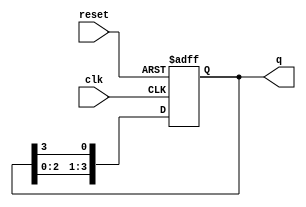
module ring_counter (
    input wire clk,        // Clock signal
    input wire reset,      // Asynchronous reset signal
    output reg [3:0] q     // 4-bit output of the ring counter
);

    // Initial state
    initial begin
        q = 4'b1000; // Initialize to 1000
    end

    // Sequential logic for the ring counter
    always @(posedge clk or posedge reset) begin
        if (reset) begin
            q <= 4'b1000; // Reset to initial state
        end else begin
            // Shift the '1' to the right
            q <= {q[2:0], q[3]}; // Shift right and wrap around
        end
    end

endmodule